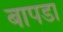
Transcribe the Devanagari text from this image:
बापडा